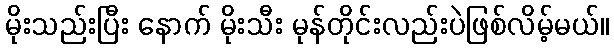
မိုးသည်းပြီး နောက် မိုးသီး မုန်တိုင်းလည်းပဲဖြစ်လိမ့်မယ်။